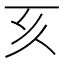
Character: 𠀔